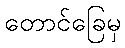
တောင်ခြေမှ